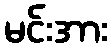
မင်းအား